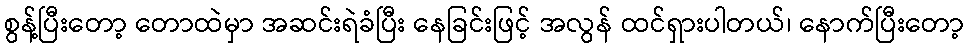
စွန့်ပြီးတော့ တောထဲမှာ အဆင်းရဲခံပြီး နေခြင်းဖြင့် အလွန် ထင်ရှားပါတယ်၊ နောက်ပြီးတော့